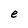
Character: e